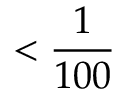
< \frac { 1 } { 1 0 0 }